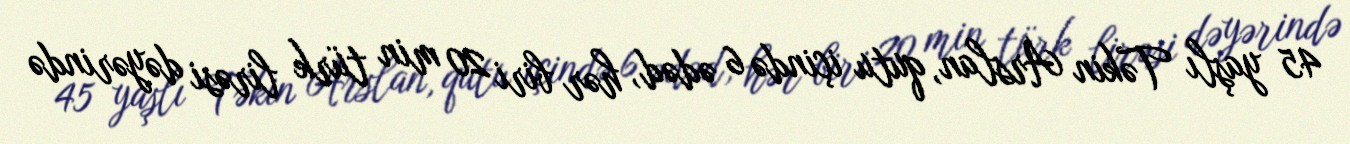
45 yaşlı Təkin Arslan, qutu içində 6 ədəd, hər biri 20 min türk lirəsi dəyərində